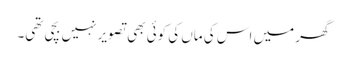
گھر میں اس کی ماں کی کوئی بھی تصویر نہیں بچی تھی۔